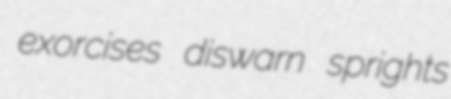
exorcises diswarn sprights